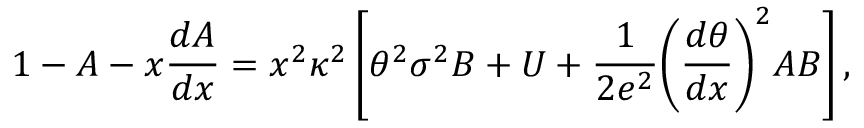
1 - A - x \frac { d A } { d x } = x ^ { 2 } { \kappa } ^ { 2 } \left[ { \theta } ^ { 2 } { \sigma } ^ { 2 } B + U + \frac { 1 } { 2 e ^ { 2 } } { \left( \frac { d \theta } { d x } \right) } ^ { 2 } A B \right] ,